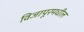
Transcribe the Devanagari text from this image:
विजापूरमधील